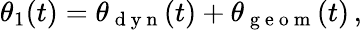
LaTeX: \theta_{1}(t)=\theta_{\mathrm{~d~y~n~}}(t)+\theta_{\mathrm{~g~e~o~m~}}(t)\, ,